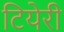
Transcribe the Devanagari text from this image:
टियेरी